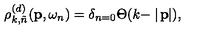
\rho _ { k , \tilde { n } } ^ { ( d ) } ( { \bf p } , \omega _ { n } ) = \delta _ { n = 0 } \Theta ( k - \mid \! { \bf p } \! \! \mid ) ,